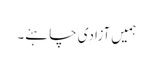
ہمیں آزادی چاہئے۔